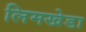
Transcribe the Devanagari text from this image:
लिमखेडा